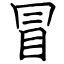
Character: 冒